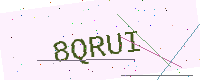
Text: 8QRUI